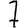
Digit: 7